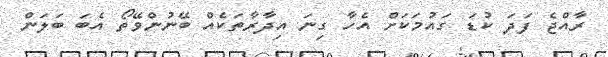
ރާއްޖެ ފަދަ ކުޑަ ގައުމަކަށް އެހާ ގިނަ އިދާރާތަކެއް ބޭނުންވޭތޯ އެބަ ބަލަން